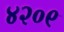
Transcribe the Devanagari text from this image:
४२०९